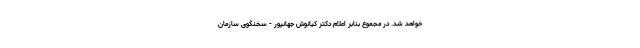
خواهد شد. در مجموع بنابر اعلام دکتر کیانوش جهانپور - سخنگوی سازمان